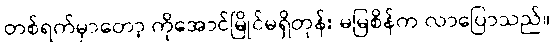
တစ်ရက်မှာတော့ ကိုအောင်မြိုင်မရှိတုန်း မမြစိန်က လာပြောသည်။